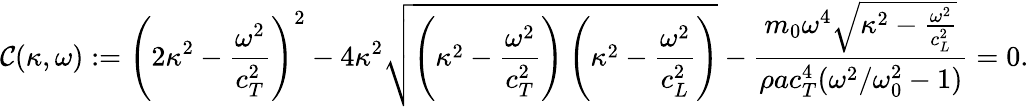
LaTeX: \mathcal{C}(\kappa,\omega):=\left(2\kappa^{2}-\frac{\omega^{2}}{c_{T}^{2}}\right)^{2}-4\kappa^{2}\sqrt{\left(\kappa^{2}-\frac{\omega^{2}}{c_{T}^{2}}\right)\left(\kappa^{2}-\frac{\omega^{2}}{c_{L}^{2}}\right)}-\frac{m_{0}\omega^{4}\sqrt{\kappa^{2}-\frac{\omega^{2}}{c_{L}^{2}}}}{\rho ac_{T}^{4}(\omega^{2}/\omega_{0}^{2}-1)}=0.